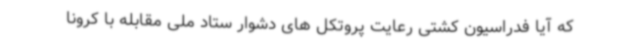
که آیا فدراسیون کشتی رعایت پروتکل های دشوار ستاد ملی مقابله با کرونا